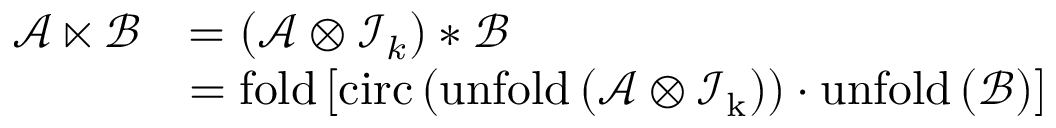
\begin{array} { r l } { \mathcal { A } \ltimes \mathcal { B } } & { = \left( \mathcal { A } \otimes \mathcal { I } _ { k } \right) \ast \mathcal { B } } \\ & { = \mathrm { f o l d } \left[ \mathrm { c i r c } \left( \mathrm { u n f o l d \left( \mathcal { A } \otimes \mathcal { I } _ { k } \right) } \right) \cdot \mathrm { u n f o l d } \left( \mathcal { B } \right) \right] } \end{array}